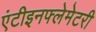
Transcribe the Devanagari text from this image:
एंटीइनफ्लेमेटरी